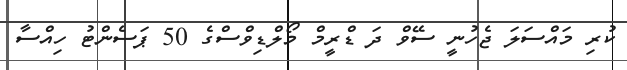
ކުރި މައްސަލަ ޖެހުނީ ސޭވް ދަ ޑްރީމް މޯލްޑިވްސްގެ 50 ޕަސެންޓު ހިއްސާ